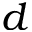
d